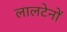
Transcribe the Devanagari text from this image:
लालटेनों